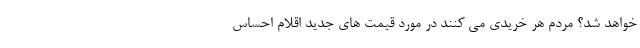
خواهد شد؟ مردم هر خریدی می کنند در مورد قیمت های جدید اقلام احساس